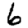
Digit: 6